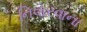
નિવારવાના